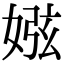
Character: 娹